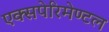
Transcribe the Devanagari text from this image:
एक्सपेरिमेण्टल